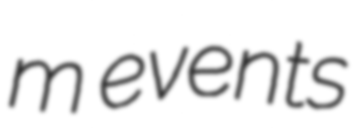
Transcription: m events